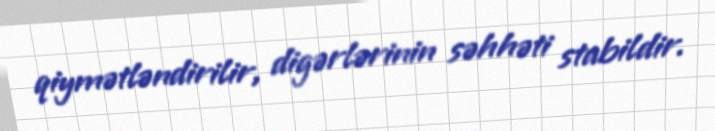
qiymətləndirilir, digərlərinin səhhəti stabildir.